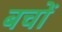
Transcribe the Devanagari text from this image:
बचों